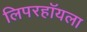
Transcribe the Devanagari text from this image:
लिपरहॉयला